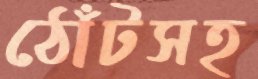
ঠোঁটসহ